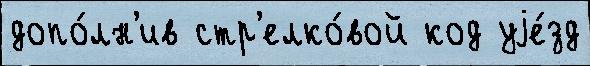
допо́лн'ив стр'елко́вой код уjе́зд